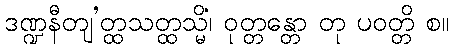
ဒဏ္ဍနီတျ’တ္ထသတ္ထသ္မိံ၊ ဝုတ္တန္တော တု ပဝတ္တိ စ။